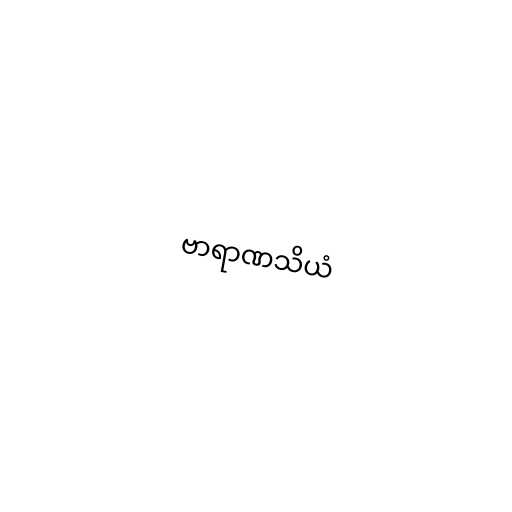
ဗာရာဏသိယံ